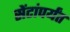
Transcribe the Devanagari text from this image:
सेंटांपर्यंत